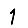
Digit: 1